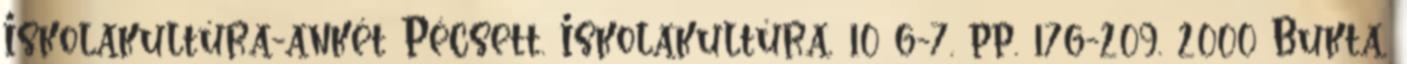
Iskolakultúra-ankét Pécsett. Iskolakultúra, 10 6-7. pp. 176-209. 2000 Bukta,